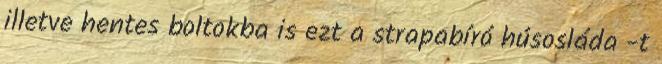
illetve hentes boltokba is ezt a strapabíró húsosláda -t